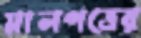
মালপত্রের